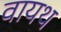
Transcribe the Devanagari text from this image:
वायथ